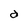
Character: a